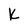
Character: K